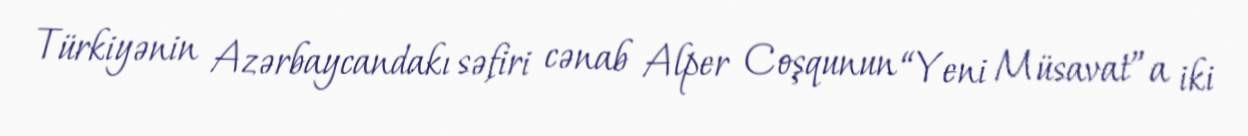
Türkiyənin Azərbaycandakı səfiri cənab Alper Coşqunun “Yeni Müsavat”a iki